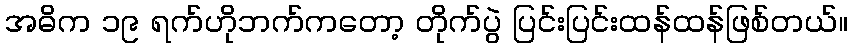
အဓိက ၁၉ ရက်ဟိုဘက်ကတော့ တိုက်ပွဲ ပြင်းပြင်းထန်ထန်ဖြစ်တယ်။